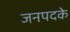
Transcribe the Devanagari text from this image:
जनपदके